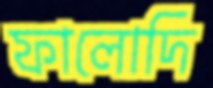
ফালোদি